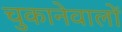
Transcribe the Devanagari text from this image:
चुकानेवालों